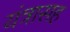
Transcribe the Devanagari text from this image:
यंत्रासह